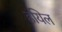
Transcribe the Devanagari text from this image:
हयिल